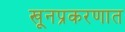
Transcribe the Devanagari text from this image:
खूनप्रकरणात